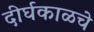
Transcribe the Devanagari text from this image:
दीर्घकाळचे